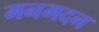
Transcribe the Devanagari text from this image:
मनमदन